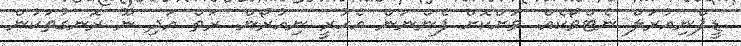
ޑީޕްނިއުރަލް ނެޓްވޯކެއް. ވަށްކޮށް ފެންނަން އެހުރީ ނިއުރޯން. ރަތް އަދި ނޫ ރޮނގުތަކުން